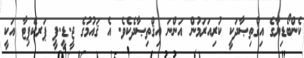
ކެންބޯޑިޔާގެ އިޤްތިޞާދަކީ ކުރިއަރަމުން އަންނަ އިޤްތިޞާދެކެވެ. އެ ޤައުމުގެ ޖީ.ޑީ.ޕީ ޕަރކެޕިޓާ އަކީ